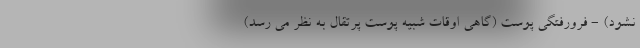
نشود) - فرورفتگی پوست (گاهی اوقات شبیه پوست پرتقال به نظر می رسد)